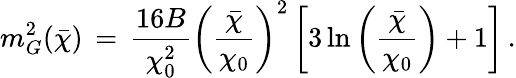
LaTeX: m_{G}^{2}(\bar{\chi})\, =\, \frac{16B}{\chi_{0}^{2}}\left(\frac{\bar{\chi}}{\chi_{0}}\right)^{2}\left[3\ln\left(\frac{\bar{\chi}}{\chi_{0}}\right)+1\right]\, .